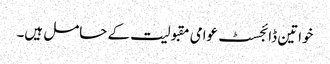
خواتین ڈائجسٹ عوامی مقبولیت کے حامل ہیں۔